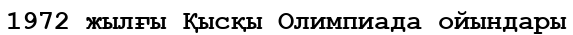
1972 жылғы Қысқы Олимпиада ойындары